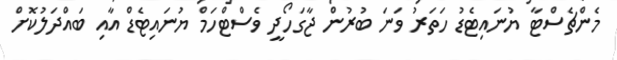
މެންޗެސްޓާ ޔުނައިޓެޑު ހަތަރު ވަނަ ބުރުން ޖާގަހޯދީ ވެސްޓްހަމް ޔުނައިޓެޑް އާއި ބައްދަލުކޮށް